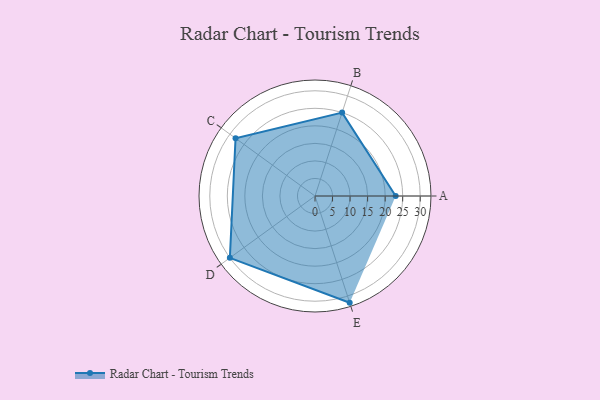
{"axis": {"x": "Skill", "y": "Score"}, "legend": ["Profile"], "data": [{"x": "A", "y": 23.0, "type": "Profile"}, {"x": "B", "y": 25.0, "type": "Profile"}, {"x": "C", "y": 28.0, "type": "Profile"}, {"x": "D", "y": 30.0, "type": "Profile"}, {"x": "E", "y": 32.0, "type": "Profile"}]}